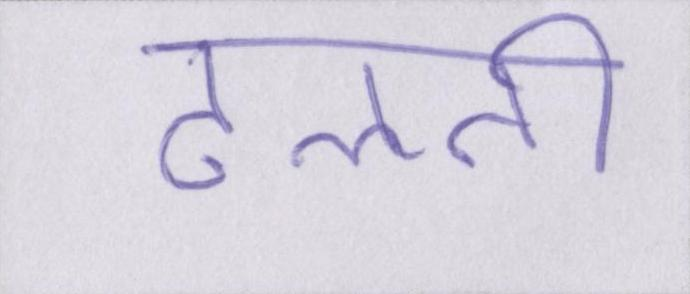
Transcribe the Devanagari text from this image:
ढलती